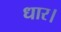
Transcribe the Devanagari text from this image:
धार।